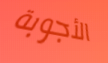
الأجوبة